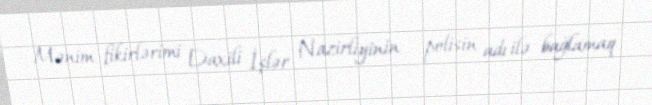
Mənim fikirlərimi Daxili İşlər Nazirliyinin - polisin adı ilə bağlamaq